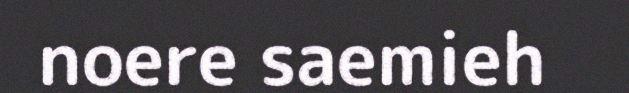
noere saemieh